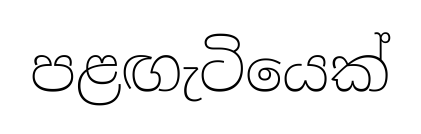
පළඟැටියෙක්